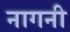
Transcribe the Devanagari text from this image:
नागनी